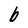
Character: b